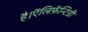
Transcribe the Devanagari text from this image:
है।ऍलिफ़ॅन्टिडी